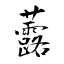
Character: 虂